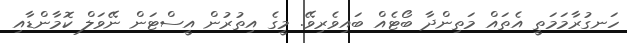
ހަނގުރާމަމަތީ އެތައް މަތިންދާ ބޯޓެއް ބައިވެރިވޭ. މީގެ އިތުރުން އީސްޓަން ނޭވަލް ކޮމާންޑާއި